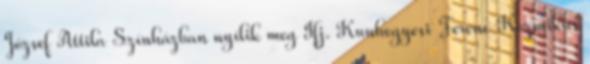
József Attila Színházban nyílik meg Ifj. Kunhegyesi Ferenc Kozmikus